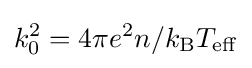
k_{0}^{2}=4\pi e^{2}n/k_{\rm {B}}T_{\rm {eff}}